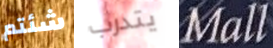
شئتم يتدرب Mall